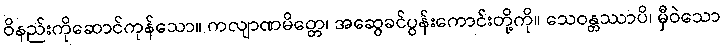
ဝိနည်းကိုဆောင်ကုန်သော။ ကလျာဏမိတ္တေ၊ အဆွေခင်ပွန်းကောင်းတို့ကို။ သေဝန္တဿာပိ၊ မှီဝဲသော